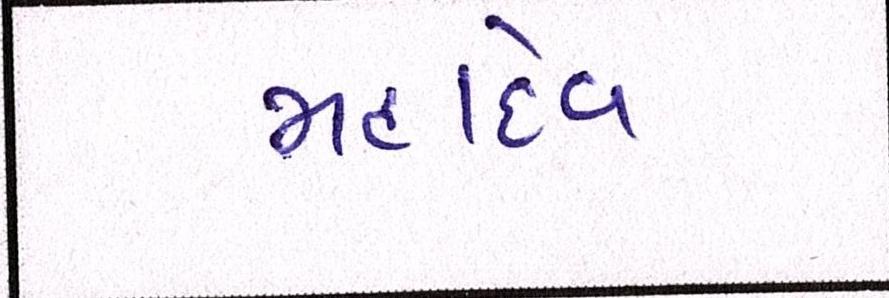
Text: મહાદેવ